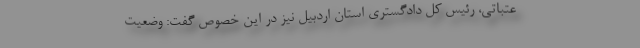
عتباتی، رئیس کل دادگستری استان اردبیل نیز در این خصوص گفت: وضعیت